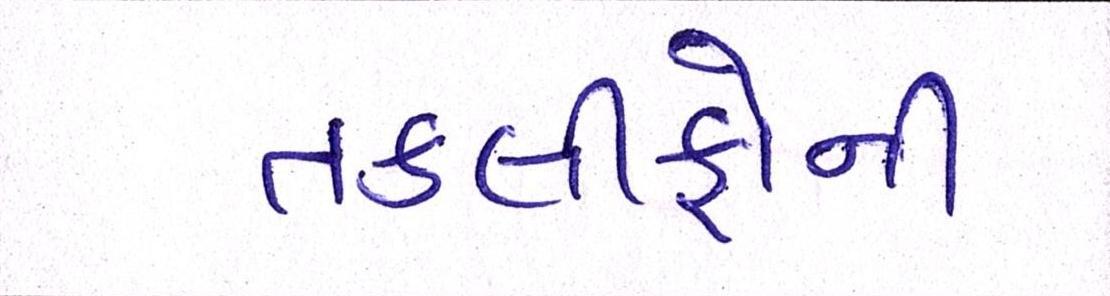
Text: તકલીફોની